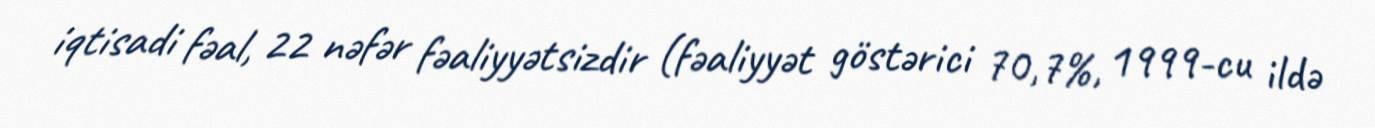
iqtisadi fəal, 22 nəfər fəaliyyətsizdir (fəaliyyət göstərici 70,7%, 1999-cu ildə